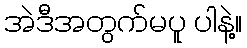
အဲဒီအတွက်မပူ ပါနဲ့။